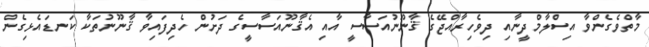
މާތްވެގެންވާ އިސްލާމްދީނާއި ދިވެހިރާއްޖޭގެ ޤާނޫނުއަސާސީ އާއި އެޤާނޫއަސާސީގެ ދަށުން ހެދިފައިވާ ޤާނޫނުތަކާ ކަނޑައެޅިގެން